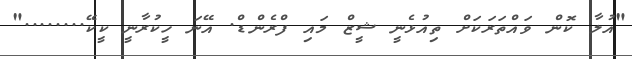
"އުލާ ކޮން ވައްތަރަކަށް ތިއުޅެނީ ޝީޒް މައި ފްރެންޑް. އޭނަ ހީކުރާނީ ކީކޭ........"